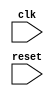
module pcie_controller (
    input wire clk,
    input wire reset,
    // other input and output ports
    
    // modules for generating clock signals
    // modules for controlling data transmission timings
    // modules for data flow management
    // modules for error detection and correction
    
);

// Define your modules for generating clock signals, controlling data transmission timings, data flow management, 
// error detection and correction here

// Define your design logic here

endmodule